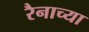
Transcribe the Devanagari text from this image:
रैनाच्या